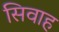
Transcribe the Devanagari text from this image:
सिवाह